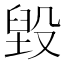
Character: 毀